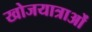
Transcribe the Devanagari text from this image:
खोजयात्राओं